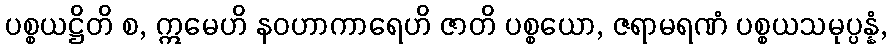
ပစ္စယဋ္ဌိတိ စ, ဣမေဟိ နဝဟာကာရေဟိ ဇာတိ ပစ္စယော, ဇရာမရဏံ ပစ္စယသမုပ္ပန္နံ,